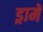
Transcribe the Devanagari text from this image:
ड्रामें